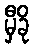
မှီခို